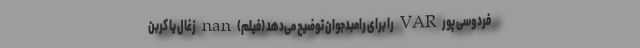
فردوسی پور VAR را برای رامبدجوان توضیح می‌دهد (فیلم) nan زغال یا کربن